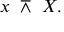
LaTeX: x \ \barwedge \ X .